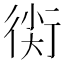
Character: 𧗰